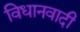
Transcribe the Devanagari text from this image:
विधानवादी